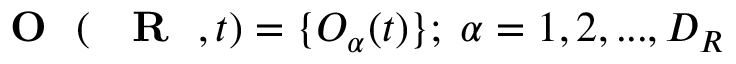
\mathrm { ~ { ~ \bf ~ O ~ } ~ } ( \mathrm { ~ { ~ \bf ~ R ~ } ~ } , t ) = \{ O _ { \alpha } ( t ) \} ; \; \alpha = 1 , 2 , . . . , D _ { R }